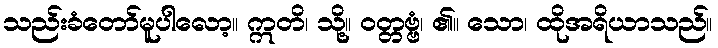
သည်းခံတော်မူပါလော့။ ဣတိ၊ သို့။ ဝတ္တဗ္ဗံ၊ ၏။ သော၊ ထိုအရိယာသည်။